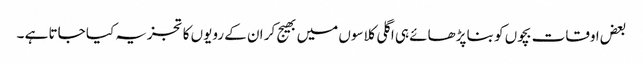
بعض اوقات بچوں کو بنا پڑھائے ہی اگلی کلاسوں میں بھیج کر ان کے رویوں کا تجزیہ کیا جاتا ہے ۔